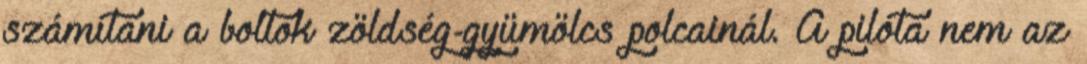
számítani a boltok zöldség-gyümölcs polcainál. A pilóta nem az